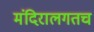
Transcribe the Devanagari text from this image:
मंदिरालगतच